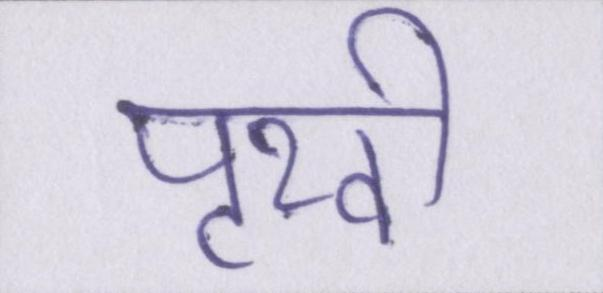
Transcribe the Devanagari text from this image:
पृथ्वी